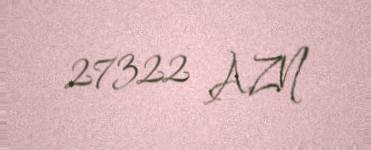
27322 AZN